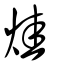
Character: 烓